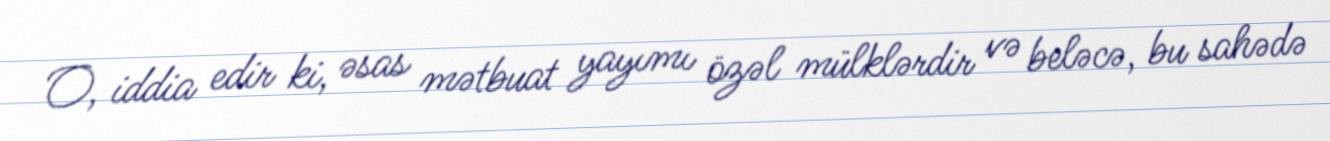
O, iddia edir ki, əsas mətbuat yayımı özəl mülklərdir və beləcə, bu sahədə